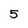
Character: 5